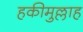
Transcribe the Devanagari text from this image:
हकीमुल्लाह